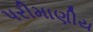
પરીમાણીય